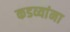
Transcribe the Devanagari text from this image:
कडव्यांना